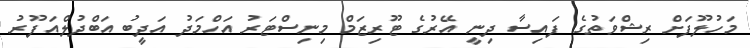
މަހުލޫފަށް ރިޝްވަތުގެ ފައިސާ ދިނީ އޭރުގެ ޓޫރިޒަމް މިނިސްޓަރު އަހްމަދު އަދީބު އަބްދުލްއަފޫރު